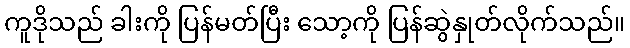
ကူဒိုသည် ခါးကို ပြန်မတ်ပြီး သော့ကို ပြန်ဆွဲနှုတ်လိုက်သည်။